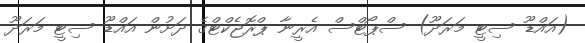
(އައްޑޫ ސިޓީ މަރަދޫ) ސްޕޯޓްސް އެރީނާ ޕްރޮޖެކްޓްގެ ދަށުން އައްޑޫ ސިޓީ މަރަދޫ